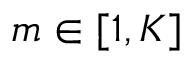
m \in [ 1 , K ]